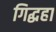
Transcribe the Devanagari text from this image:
गिद्धहा